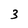
Character: 3